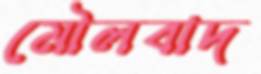
মৌলবাদ